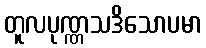
တူလပုဏ္ဏသဒိသောပမာ